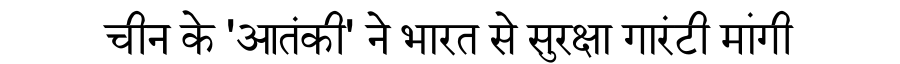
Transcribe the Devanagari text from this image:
चीन के 'आतंकी' ने भारत से सुरक्षा गारंटी मांगी